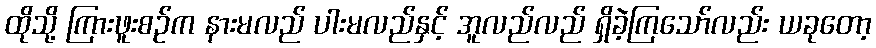
ထိုသို့ ကြားဖူးစဉ်က နားမလည် ပါးမလည်နှင့် အူလည်လည် ရှိခဲ့ကြသော်လည်း ယခုတော့